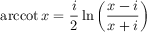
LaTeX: \operatorname { a r c c o t } x = { \frac { i } { 2 } } \ln \left( { \frac { x - i } { x + i } } \right)